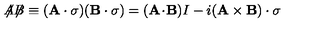
{ \not \! \! A } { \not \! \! B } \equiv ( { \bf A \cdot \sigma } ) ( { \bf B \cdot \sigma } ) = ( { \bf A } \! \cdot \! { \bf B } ) I - i ( { \bf A \times B ) \cdot \sigma }